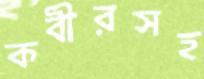
কবীরসহ